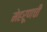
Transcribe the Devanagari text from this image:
मेहरूणची